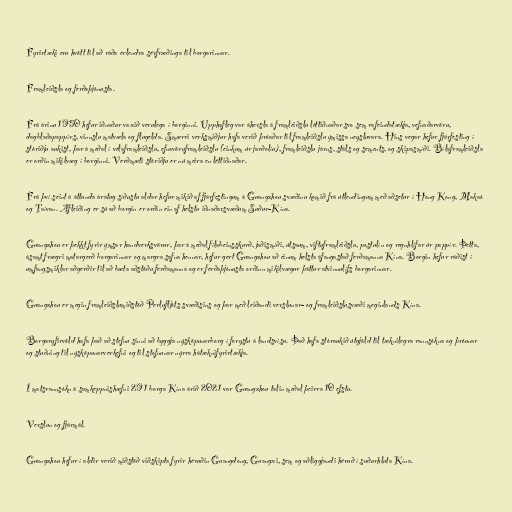
Fyrirtæki eru hvött til að ráða erlendra sérfræðinga til borgarinnar.

Framleiðsla og ferðaþjónusta.

Frá árinu 1950 hefur iðnaður vaxið verulega í borginni. Upphafleg var áhersla á framleiðslu léttiðnaðar svo sem rafeindatækja, vefnaðarvöru,
dagblaðapappírs, vinnslu matvæla og flugelda. Smærri verksmiðjur hafa verið þróaðar til framleiðslu ýmissa neysluvara. Hins vegar hefur fjárfesting í
stóriðju aukist, þar á meðal í vélaframleiðslu, efnavöruframleiðslu (einkum úr jarðolíu), framleiðslu járns, stáls og sements, og skipasmíði. Bílaframleiðsla
er orðin mikilvæg í borginni. Verðmæti stóriðju er nú meira en léttiðnaðar.

Frá því seint á áttunda áratug síðustu aldar hefur mikið af fjárfestingum á Guangzhou svæðinu komið frá útlendingum með aðsetur í Hong Kong, Makaó
og Taívan. Afleiðing er sú að borgin er orðin ein af helstu iðnaðarsvæðum Suður-Kína.

Guangzhou er þekkt fyrir ýmsar handverksvörur, þar á meðal fílabeinsskurð, jaðismíði, útsaum, viftuframleiðslu, postulín og regnhlífar úr pappír. Þetta,
ásamt frægri matargerð borgarinnar og margra safna hennar, hefur gert Guangzhou að einum helsta áfangastað ferðamanna Kína. Borgin hefur ráðist í
umfangsmiklar aðgerðir til að bæta aðstöðu ferðamanna og er ferðaþjónusta orðinn mikilvægur þáttur atvinnulífs borgarinnar.

Guangzhou er megin framleiðslumiðstöð Perlufljóts svæðisins og þar með leiðandi verslunar- og framleiðslusvæði meginlands Kína.

Borgaryfirvöld hafa það að stefnu sinni að byggja nýsköpunarborg í forystu á landsvísu. Það hafa stóraukið útgjöld til tæknilegra rannsókna og þróunar
og stuðning til nýsköpunarverkefni og til stofnunar nýrra hátæknifyrirtækja.

Í matsrannsókn á samkeppnishæfni 291 borga Kína árið 2021 var Guangzhou talin meðal þeirra 10 efstu.

Verslun og fjármál.

Guangzhou hefur í aldir verið miðstöð viðskipta fyrir héruðin Guangdong, Guangxi, sem og aðliggjandi héruð í suðurhluta Kína.